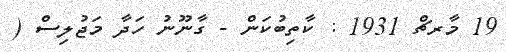
19 މާރޗް 1931 : ކާތިބުކަން - ގާނޫނު ހަދާ މަޖުލިސް (